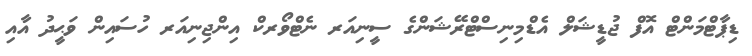
ޑިޕާޓްމަންޓް އޮފް ޖުޑީޝަލް އެޑްމިނިސްޓްރޭޝަންގެ ސީނިއަރ ނެޓްވޯރކް އިންޖިނިއަރ ހުސައިން ވަޙީދު އާއި